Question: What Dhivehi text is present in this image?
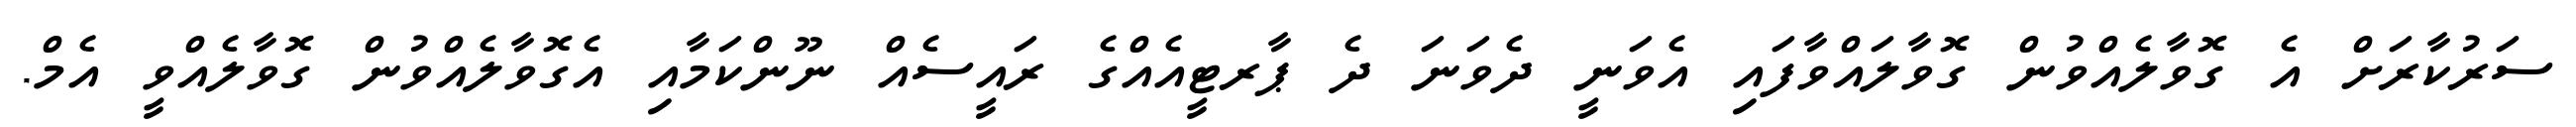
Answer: ސަރުކާރަށް އެ ގޮވާލެއްވުން ގޮވާލައްވާފައި އެވަނީ ދެވަނަ ދެ ޕާރޓީއެއްގެ ރައީސެއް ނޫންކަމާއި އެގޮވާލެއްވުން ގޮވާލެއްވީ އެމް.